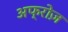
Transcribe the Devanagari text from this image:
अफ्रोज़